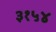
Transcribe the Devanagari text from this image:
३१५४